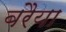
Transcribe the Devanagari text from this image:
बरैया